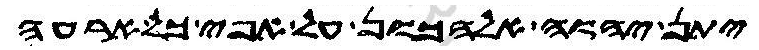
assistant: יתן יהוה אלהכון על אפי כל ארעה